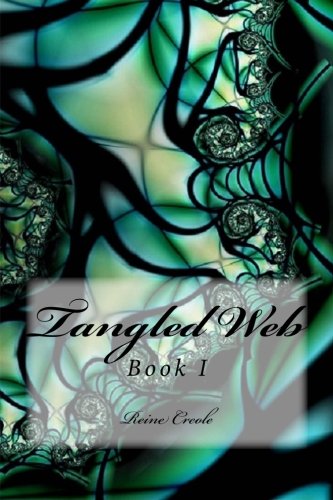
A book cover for Tangled Web (Volume 1); Reine Creole; Romance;